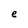
Character: e